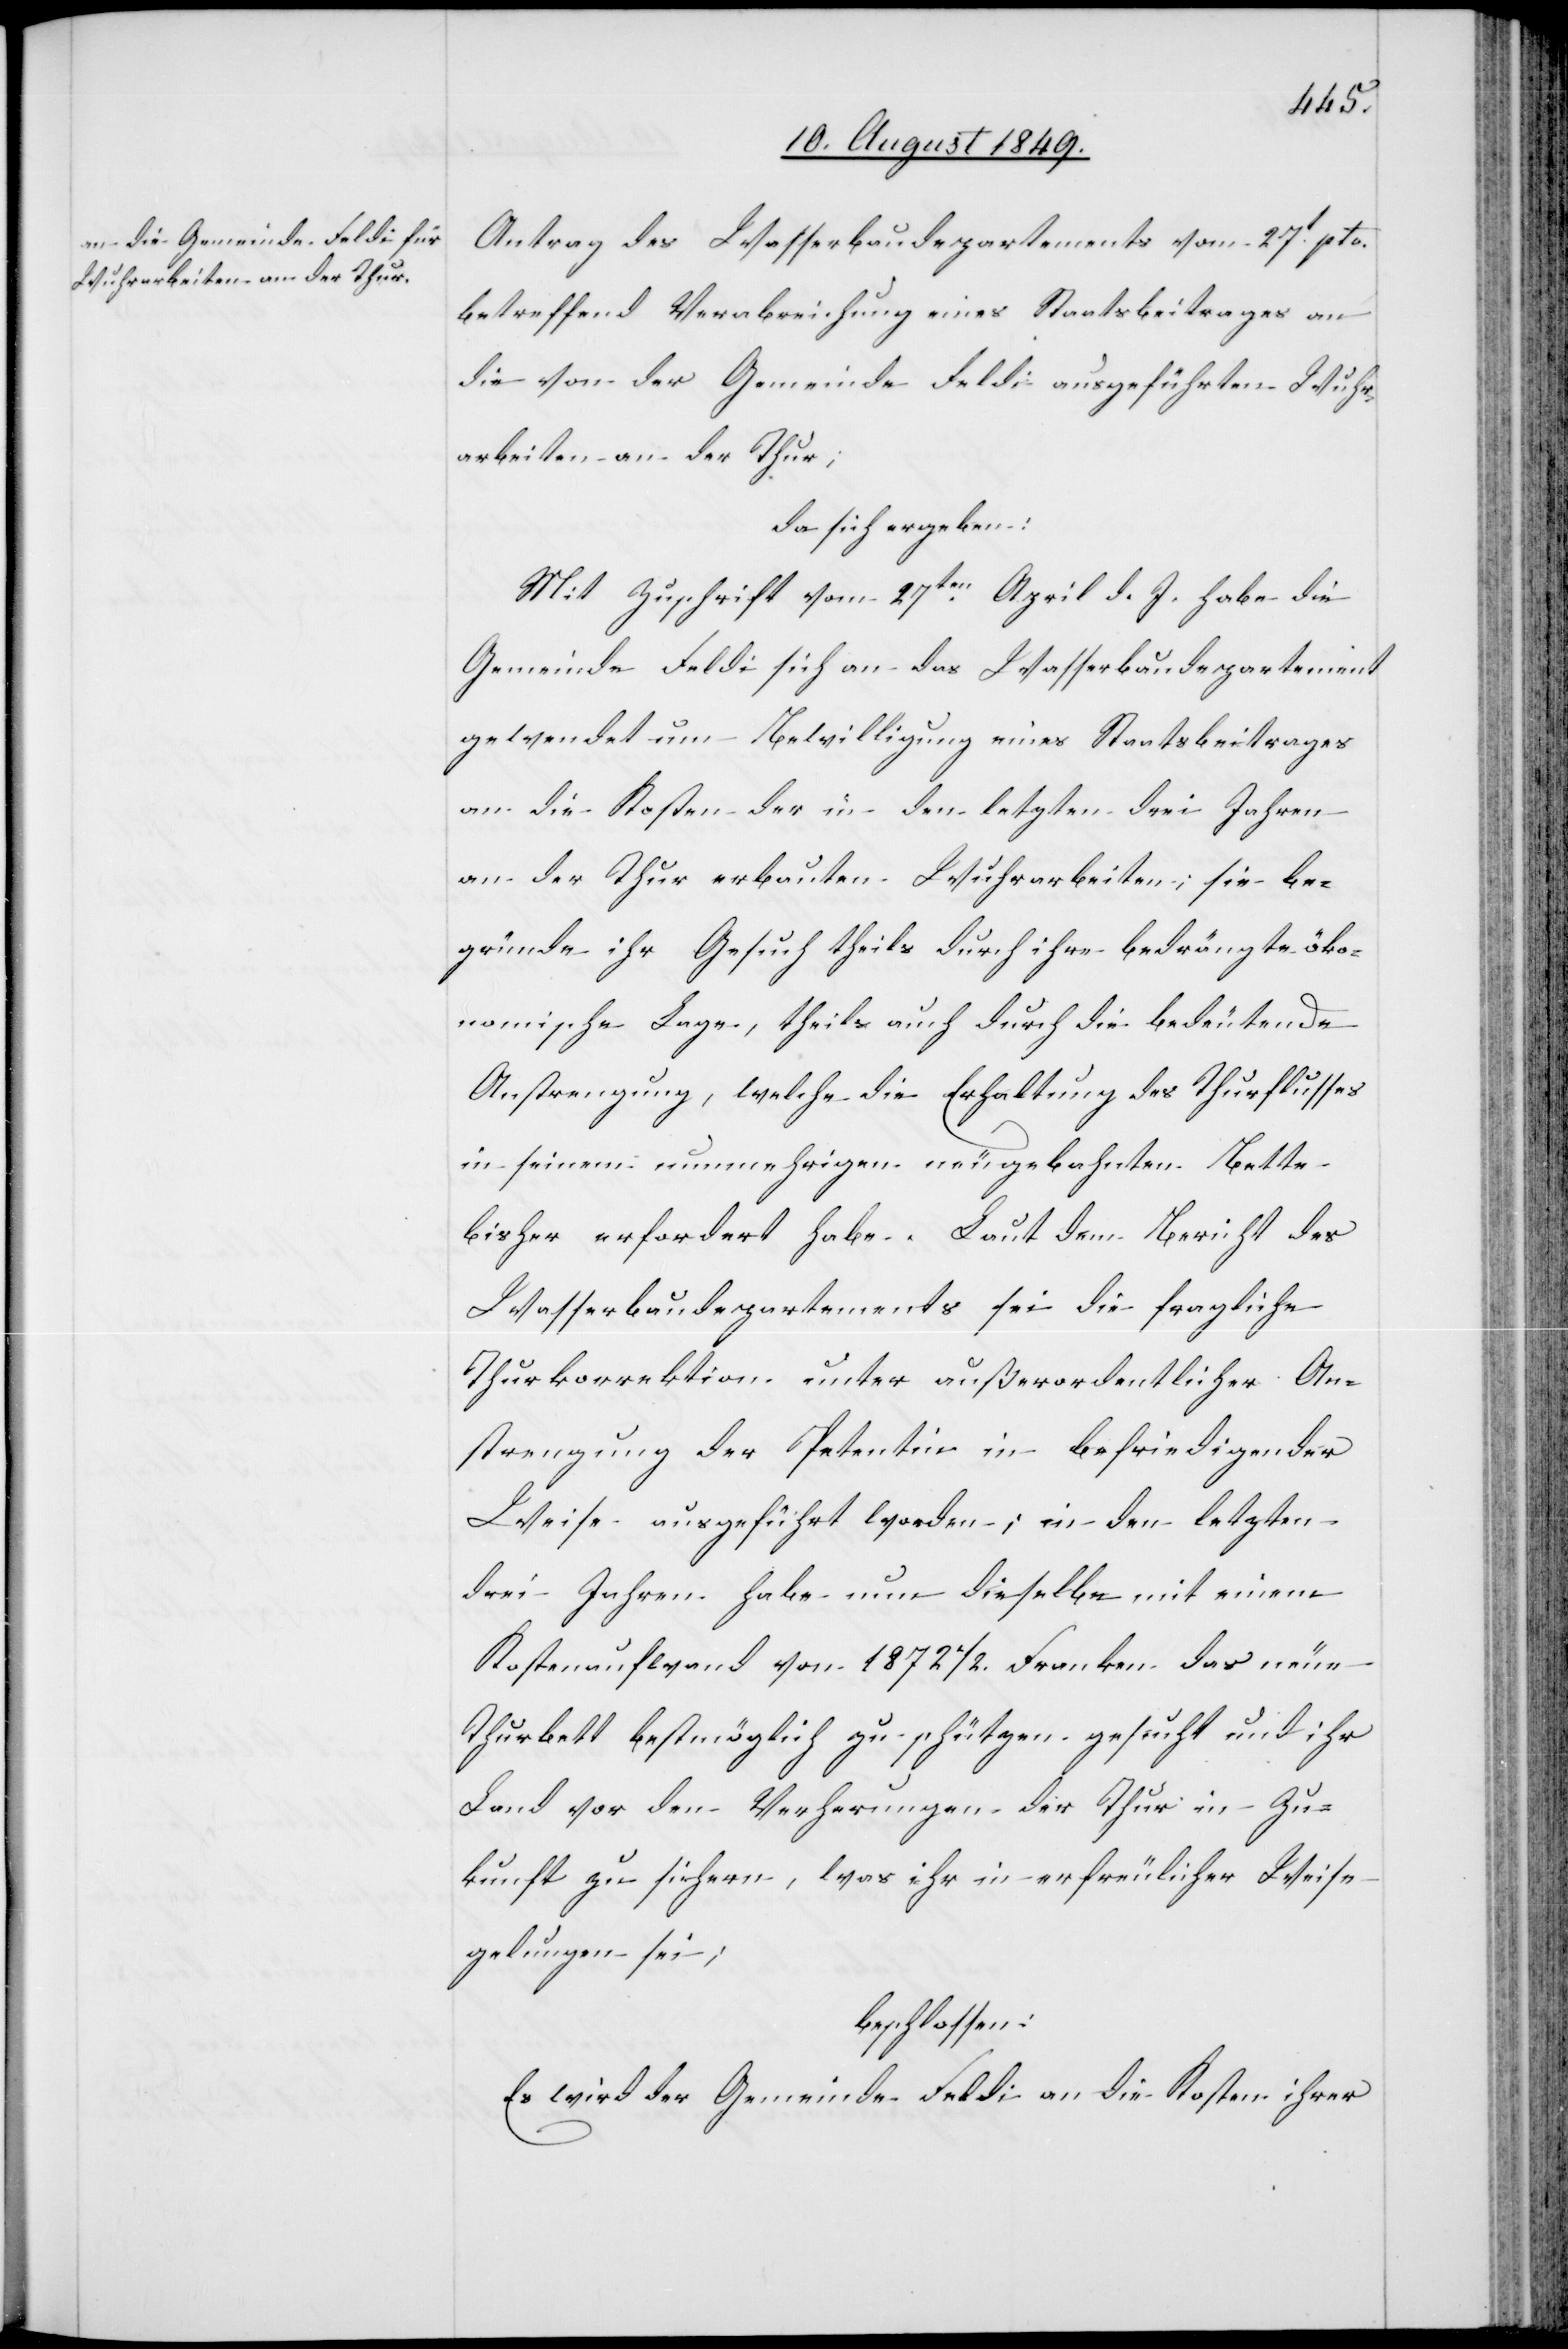
Antrag des Wasserbaudepartements vom 27t pto.
betreffend Verabreichung eines Staatsbeitrages an
die von der Gemeinde Feldi ausgeführten Wuhr¬
arbeiten an der Thur;
da sich ergeben:
Mit Zuschrift vom 27ten April d. J. habe die
Gemeinde Feldi sich an das Wasserbaudepartement
gewendet um Bewilligung eines Staatsbeitrages
an die Kosten der in den letzten drei Jahren
an der Thur erbauten Wuhrarbeiten; sie be¬
gründe ihr Gesuch theils durch ihre bedrängte öko¬
nomische Lage, theils auch durch die bedeutende
Anstrengung, welche die Erhaltung des Thurflusses
in seinem nunmehrigen neugebahnten Bette
bisher erfordert habe. Laut dem Bericht des
Wasserbaudepartements sei die fragliche
Thurkorrektion unter außerordentlicher An¬
strengung der Petentin in befriedigender
Weise ausgeführt worden; in den letzten
drei Jahren habe nun dieselbe mit einem
Kostenaufwand von 18721/2. Franken das neue
Thurbett bestmöglich zu schützen gesucht und ihr
Land vor den Verherungen der Thur in Zu¬
kunft zu sichern, was ihr in erfreulicher Weise
gelungen sei;
beschlossen:
Es wird der Gemeinde Feldi an die Kosten ihrer